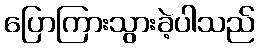
ပြောကြားသွားခဲ့ပါသည်